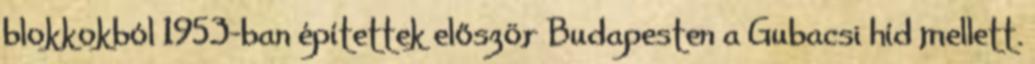
blokkokból 1953-ban építettek először Budapesten a Gubacsi híd mellett.